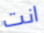
انت